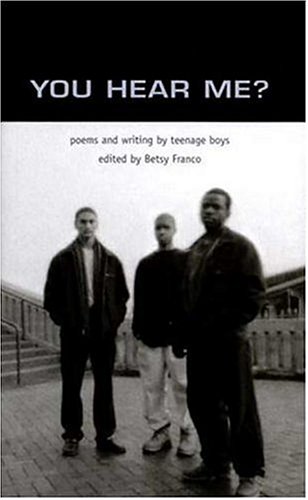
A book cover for You Hear Me: Poems and Writing by Teenage Boys; Teen & Young Adult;